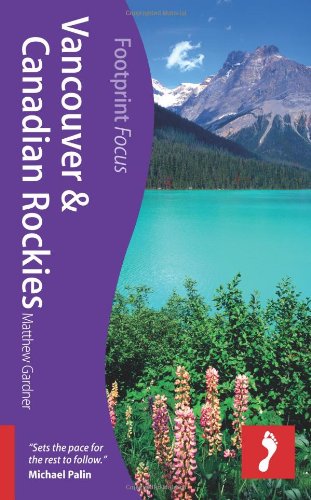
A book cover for Vancouver & Rockies (Footprint Focus); Matthew Gardner; Travel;